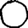
Digit: 0